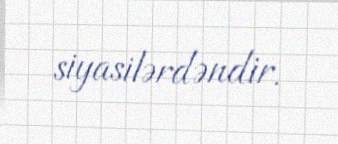
siyasilərdəndir.